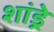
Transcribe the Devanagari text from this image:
शांड्रे